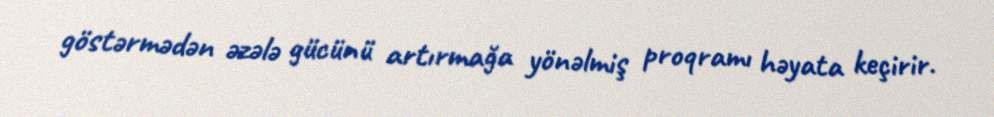
göstərmədən əzələ gücünü artırmağa yönəlmiş proqramı həyata keçirir.